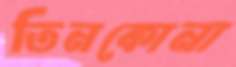
তিনকোনা